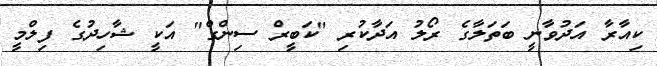
ކިއާރާ އަދުވާނީ ބަތަލާގެ ރޯލު އަދާކުރި "ކަބީރް ސިންގް" އަކީ ޝާހިދުގެ ފިލްމީ